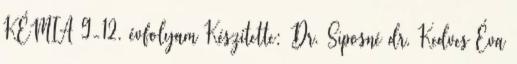
KÉMIA 9-12. évfolyam Készítette: Dr. Siposné dr. Kedves Éva